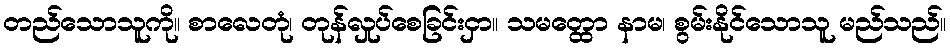
တည်သောသူကို။ စာလေတုံ၊ တုန်လှုပ်စေခြင်းငှာ။ သမတ္ထော နာမ၊ စွမ်းနိုင်သောသူ မည်သည်။